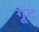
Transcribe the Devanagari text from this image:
गूट